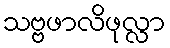
သဗ္ဗဖာလိဖုလ္လာ